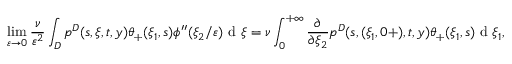
\operatorname* { l i m } _ { \varepsilon \to 0 } \frac { \nu } { \varepsilon ^ { 2 } } \int _ { D } p ^ { D } ( s , \xi , t , y ) \theta _ { + } ( \xi _ { 1 } , s ) \phi ^ { \prime \prime } ( \xi _ { 2 } / \varepsilon ) \textrm { d } \xi = \nu \int _ { 0 } ^ { + \infty } \frac { \partial } { \partial \xi _ { 2 } } p ^ { D } ( s , ( \xi _ { 1 } , 0 + ) , t , y ) \theta _ { + } ( \xi _ { 1 } , s ) \textrm { d } \xi _ { 1 } ,